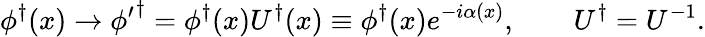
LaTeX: \phi^{\dagger}(x)\rightarrow\phi{'}^{\dagger}=\phi^{\dagger}(x)U^{\dagger}(x)\equiv\phi^{\dagger}(x)e^{-i\alpha(x)},\qquad U^{\dagger}=U^{-1}.